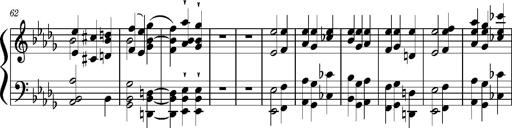
Title: Concerto sans orchestre, S.524a
Composer: Franz Liszt
Key: A major